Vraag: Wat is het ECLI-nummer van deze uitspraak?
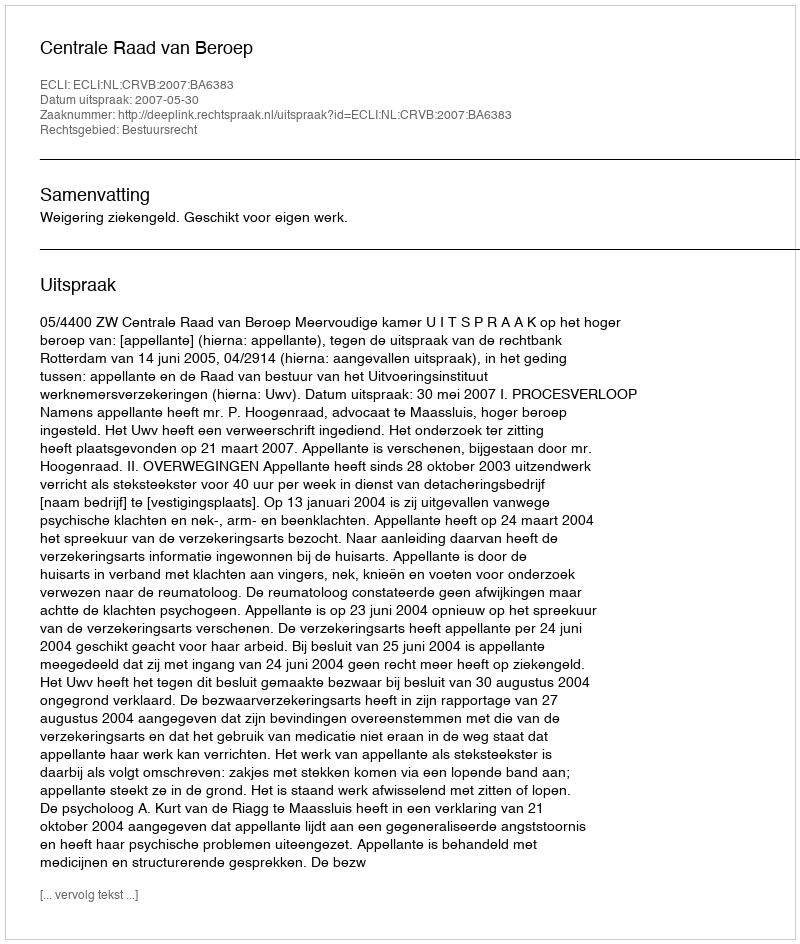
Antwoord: ECLI:NL:CRVB:2007:BA6383